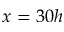
x = 3 0 h